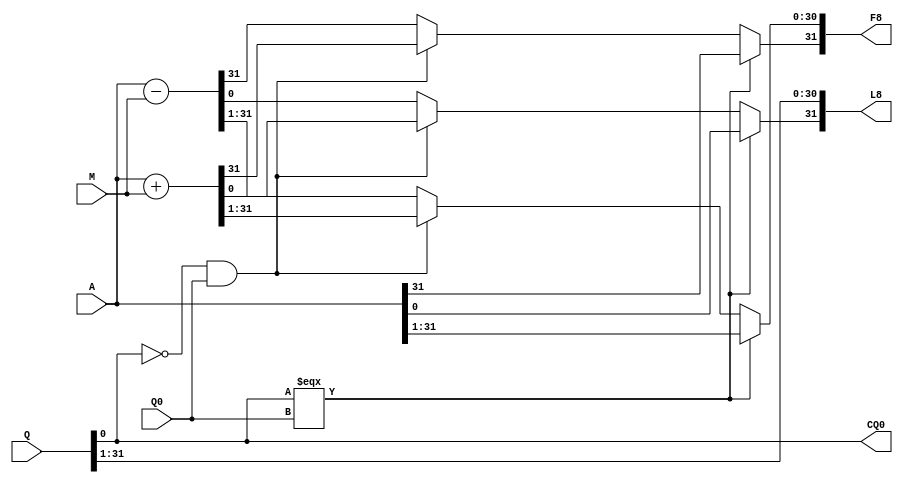

module BoothMultiplierHelper (
    input wire signed [31:0] A,
    input wire signed [31:0] Q,
    input wire signed Q0,
    input wire signed [31:0] M,
    output reg signed [31:0] F8,
    output reg signed [31:0] L8,
    output reg signed CQ0
);

    wire [31:0] added, subtracted;

    assign added = A + M;
    assign subtracted = A - M;

    always @(*) begin
        CQ0 = Q[0];
        L8 = Q >> 1;
        if (Q[0] === Q0) begin
            F8 = A >> 1;
            L8[31] = A[0];
            F8[31] = A[31];
        end
        else if (~Q[0] & Q0) begin
            F8 = added >> 1;
            L8[31] = added[0];
            F8[31] = added[31];
        end
        else begin
            F8 = subtracted >> 1;
            L8[31] = subtracted[0];
            F8[31] = subtracted[31];
        end
    end

endmodule